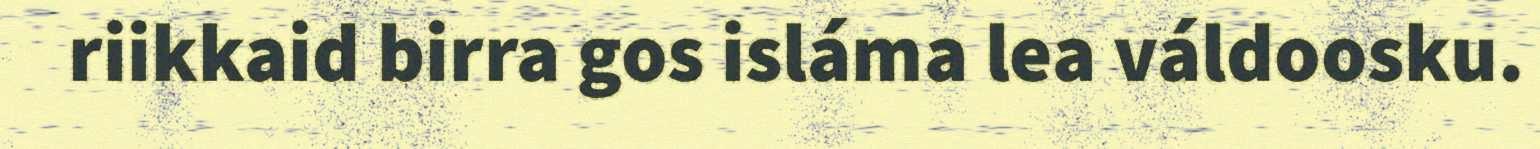
riikkaid birra gos isláma lea váldoosku.